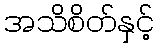
အသိစိတ်နှင့်